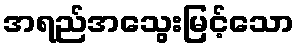
အရည်အသွေးမြင့်သော